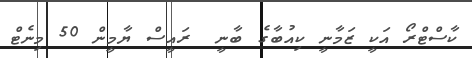
ކާސްޓްރޯ އަކީ ޒަމާނީ ކިއުބާގެ ބާނީ  ރައީސް ޔާމީން 50 މިނެޓް